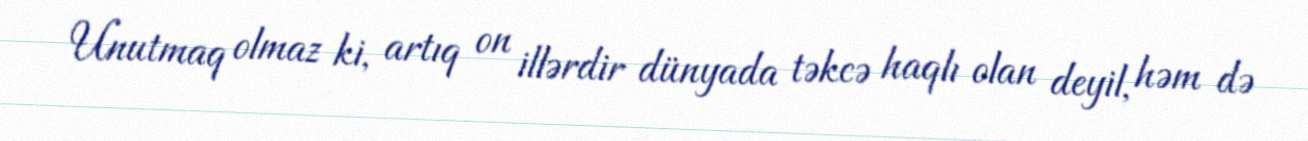
Unutmaq olmaz ki, artıq on illərdir dünyada təkcə haqlı olan deyil, həm də